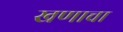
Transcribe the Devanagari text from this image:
खणाचा